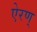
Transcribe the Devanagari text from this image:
ऐरण्